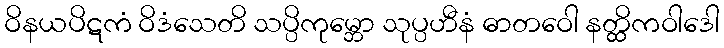
ဝိနယပိဋကံ ဝိဒံသေတိ သပ္ပိကုမ္ဘော သုပ္ပဟီနံ ဓာတဝေါ နတ္ထိကဝါဒေါ